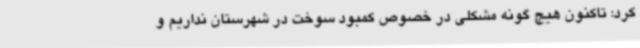
کرد: تاکنون هیچ گونه مشکلی در خصوص کمبود سوخت در شهرستان نداریم و